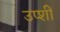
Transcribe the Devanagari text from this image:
उप्शी